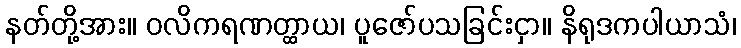
နတ်တို့အား။ ဝလိကရဏတ္ထာယ၊ ပူဇော်ပသခြင်းငှာ။ နိရုဒကပါယာသံ၊